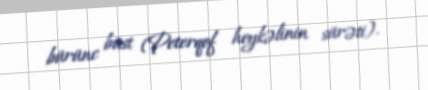
bürünc büst (Peterqof heykəlinin sürəti).